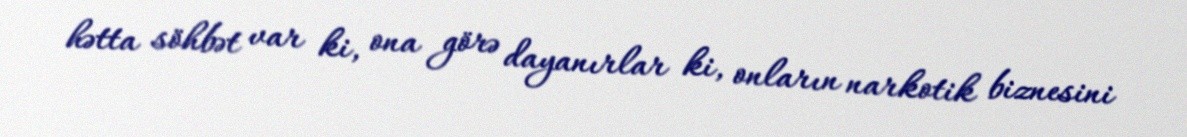
hətta söhbət var ki, ona görə dayanırlar ki, onların narkotik biznesini